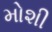
મોશી